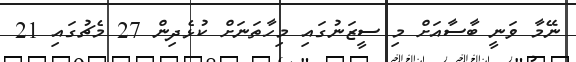
ނޭމާ ވަނީ ބާސާއަށް މި ސީޒަނުގައި މިހާތަނަށް ކުޅެދިން 27 މެޗުގައި 21